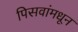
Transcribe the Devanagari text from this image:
पिसवांमधून